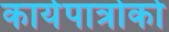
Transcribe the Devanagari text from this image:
कार्यपात्रोको